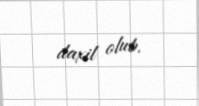
daxil olub.